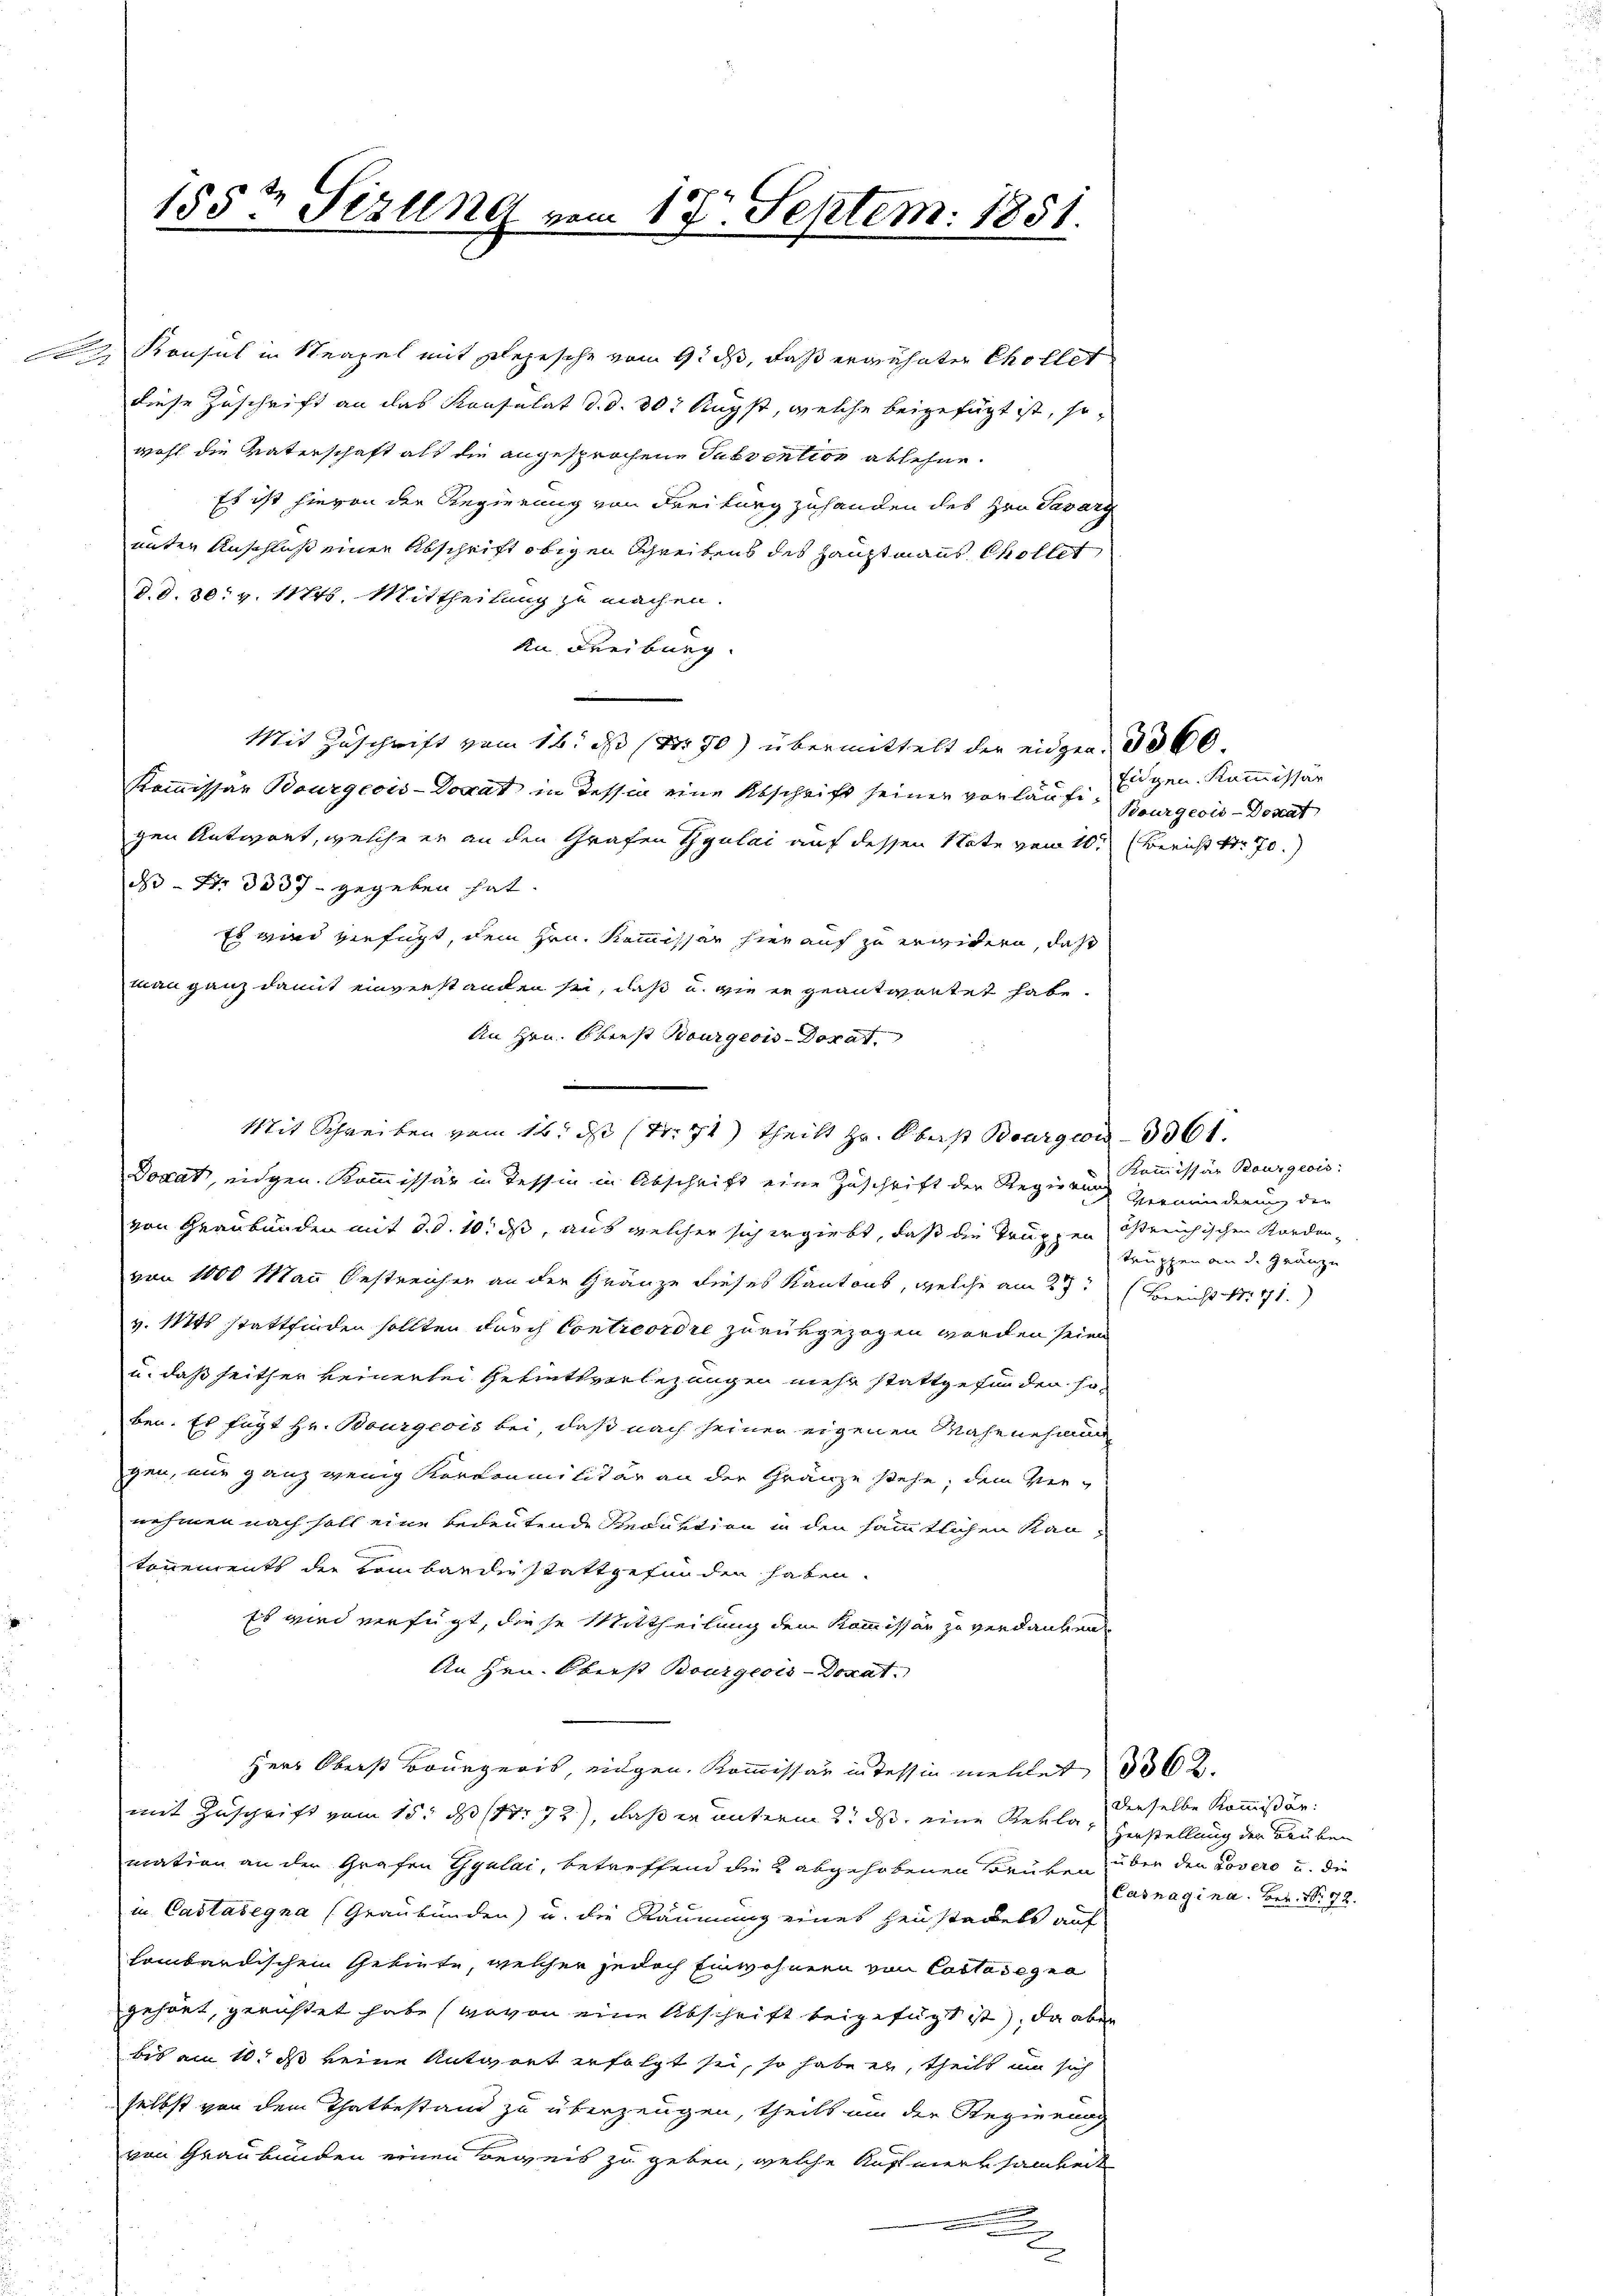
185t Sezung vom 17. Septem. 1851.

Konsul in Neapel mit Depesche vom 9. ds, daß erwähnter Chollet
diese Zuschrift an das Konsulat d. d. 30t Augst, welche beigefügt ist, so
wohl die Vaterschaft als die angesprochene Subvention ablehne
Es ist hievon der Regierung von Freiburg zuhanden des Hrn. Savarg
unter Anschluß einen Abschrift obigen Schreibens des Hauptmanns Chollet
d. d. 30. v. 11776. Mittheilung zu machen.
An Freiburg.
Mit Zuschrift vom 16. ds Nr. 70) übermittelt der eidgen. 60
Kommissär Bourgeois-Dorat in Tessin eine Abschrift seiner vorläufe Eigen Kommissär
gen Antwort, welche er an den Grafen Zyulai auf dessen Note vom 10. Bericht Nr. 70.
da Fr. 3537 gegeben hat.
Es wird verfügt, dem Hrn. Kommissär hier auf zu erwidern, daß
man ganz damit einverstanden sei, daß u. wie er geantwortet habe.
An Hrn. Oberst tourgeois Dorf
Docat, eidgen. Kommissär in Tessin in Abschrift eine Zuschrift der Regierung verminderung der
von Graubünden mit d. d. 10. ds, aus welcher sich ergiebt, daß die Truppen östreichischen Korder-
von 1000 Mann Oestreicher an der Gränze dieses Kantons, welche am 27. Bericht Nr. 71.)
v. Mts. stattfinden sollten durch Contreordre zurückgezogen werden seien.
u. daß heither keinerlei Gebiethverlegungen mehr stattgefunden so
ben. Es fügt Hr. Bourgeois bei, daß nach seiner eigenen Wahrnehmun
gen, nur ganz wenig Kartonmilitär an der Gränze stehe; dem Ver-
nehmen nach soll eine bedeutende Reduktion in den sämmtlichen Kan
tonnements der Kombardie stattgefunden haben.
Es wird verfügt, diese Mittheilung dem Kommissär zu verdanken
An Hrn. Oberst Bourgeois-Doxat.
Herr Oberst Bourgeris, eingen. Kommissär in Tessin mellet 362.
mit Zuschrift vom 15. d. 18. 72), daß er unterm 2t ds eine Rekla Zerstellung der Rauben
mation an der Grafen Gyulai, betreffend die 2 abgehobenen Brüken, über den Lovero u. die
in Castasegna (Graubünden) u. die Räumung eines Heustadels auf
lombardischem Gebiete, welcher jedoch Einwohnern von Castasegna
gehört, gerichtet habe (wovon eine Abschrift beigefügt ist), da aber
bis am 10. ds keine Antwort erfolgt sei, so habe er, theils um sich
selbst von dem Thatbestand zu überzeugen, theils um der Regierung
von Graubünden einen Beweis zu geben, welche Aufmerksamkeit
u
e

Mit Schreiben vom 16. ds (Nr. 71) theilt Hr. Oberst Bourgeois 3361.

Bourgeois-Donat

Kommissär Bourgeois:
truppen an d. Gränze

denselbe Kommißär:
Casnagina. Bern Nr. 72.